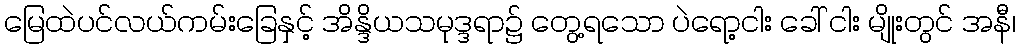
မြေထဲပင်လယ်ကမ်းခြေနှင့် အိန္ဒိယသမုဒ္ဒရာ၌ တွေ့ရသော ပဲရော့ငါး ခေါ် ငါး မျိုးတွင် အနီ၊